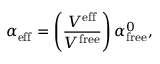
\alpha _ { \mathrm { e f f } } = \left( \frac { V ^ { \mathrm { e f f } } } { V ^ { \mathrm { f r e e } } } \right) \alpha _ { \mathrm { f r e e } } ^ { 0 } ,